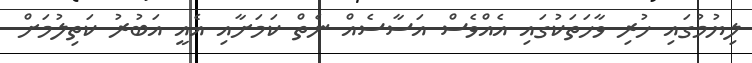
ލިޔުމުގައި ހުރި ވާހަތަކުގައި އެއްވެސް އަސާސެއް ނެތް ކަމަށާއި އެއީ އަބުރު ކަތިލުމަށް